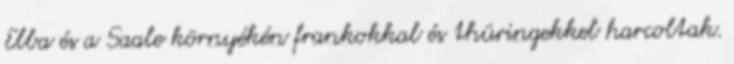
Elba és a Saale környékén frankokkal és thüringekkel harcoltak.